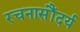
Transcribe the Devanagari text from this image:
रचनासौंदर्य